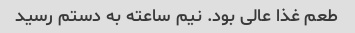
طعم غذا عالی بود. نیم ساعته به دستم رسید